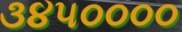
૩૪૫૦૦૦૦